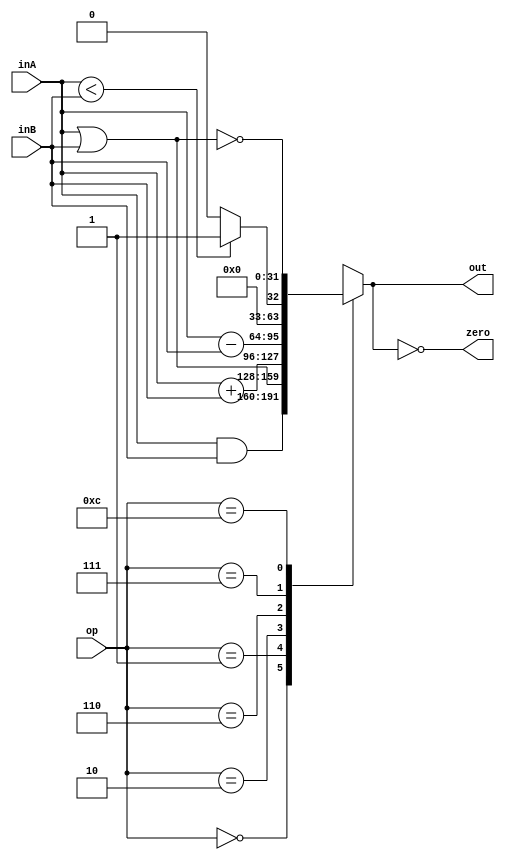

/*Arithmetic and logical unit: It creates a 32 bit signal depending on the op input*/
module ALU(out, zero, inA, inB,op);
	input [31:0] inA, inB;
	input [3:0] op;
	
	output zero;
	output reg [31:0] out;
	
	assign zero = (out == 0);
	
	always @ (*)
	begin
	
	case(op)
		4'b0000: out = inA & inB;
		4'b0001: out = inA | inB;
		4'b0010: out = inA + inB;
		4'b0110: out = inA - inB;
		4'b0111: out = (inA < inB)? 1 : 0;
		4'b1100: out = ~(inA | inB);
		default out = 32'bx;
	
	endcase
	end
endmodule

/*Where the program ,that cpu gonna execute, is stored*/
module InstructionMemory(addr, dout, ren);
	input[31:0] addr;
	input ren ;
	output reg [31:0] dout;
	reg [31:0] data[4095:0];
	
	always @(*)
	begin
	if(ren == 1)
		dout = data[addr[9:0]];
	end
	
endmodule

/*Get access to the registers of the cpu*/
module RegFile (clock, reset, raA, raB, wa, wen, wd, rdA, rdB);

	input clock, reset, wen;
	input [4:0] raA, raB, wa;
	input [31:0] wd;

	output [31:0] rdA, rdB;

	integer i;
	reg[31:0] data [31:0];

	assign rdA = data[raA];
	assign rdB = data[raB];

	always @(negedge clock)
	begin
	if(wen) 
		data[wa] = wd;	
	end

	always @(negedge reset)
	begin 
		for( i = 0 ; i < 32; i = i + 1)
			data[i] = 0;
	end

endmodule

/*Program counter: the pointer that points to the next address of the instruction memory*/
module PC(clock, reset, PC_new, PC_out);
	input clock , reset;
	input [31: 0] PC_new;
	output reg [31:0] PC_out;
	
	always @(negedge clock or negedge reset)
	begin 
		if(reset == 1'b0)
			PC_out  <= 0;
		else
			PC_out <= PC_new;
	end
endmodule

module adder(inA,new_addr);
		input [31:0] inA;
		output [31:0] new_addr;
		assign new_addr  = inA + 4;
		
endmodule

/*Control Unit: It generates signals depending on the inputs(opcode, func)*/
module FSM(func, opcode, MemtoReg, MemWrite, Branch, ALUSrc, RegDst, RegWrite, ALUControl, MemRead, Bne);
	input [5:0] func, opcode;
	output reg MemtoReg, MemWrite, Branch, ALUSrc, RegDst, RegWrite, MemRead, Bne;
	output reg [3:0] ALUControl;
	reg [1:0] ALUOp;
	
	always @ (opcode)
	begin
	
		case(opcode)
			6'b000000: 
			begin
				RegWrite = 1'b1; RegDst = 1'b1; ALUSrc = 1'b0; Branch = 1'b0; MemWrite = 1'b0; MemtoReg = 1'b0; ALUOp = 2'b10; MemRead = 1'b0; Bne = 1'b0;
			end
			
			6'b100011:
			begin
				RegWrite =1'b1; RegDst = 1'b0; ALUSrc = 1'b1; Branch = 1'b0; MemWrite = 1'b0; MemtoReg = 1'b1; ALUOp = 2'b00; MemRead = 1'b1; Bne = 1'b0;
			end
			
			6'b101011:
			begin
				RegWrite = 1'b0; RegDst = 1'bx; ALUSrc = 1'b1; Branch = 1'b0; MemWrite = 1'b1; MemtoReg = 1'bx; ALUOp = 2'b00; MemRead = 1'b0; Bne = 1'b0;
			end
			
			6'b000100:
			begin 
				RegWrite = 1'b0; RegDst = 1'bx; ALUSrc = 1'b0; Branch = 1'b1; MemWrite = 1'b0; MemtoReg = 1'bx; ALUOp = 2'b01; MemRead = 1'b0; Bne = 1'b0;
			end
			
			6'b001000:
			begin	
				RegWrite = 1'b1; RegDst = 1'b0; ALUSrc = 1'b1; Branch = 1'b0; MemWrite = 1'b0; MemtoReg = 1'b0; ALUOp = 2'b00; MemRead = 1'b0; Bne = 1'b0;
			end
			6'b000101:
			begin
				RegWrite = 1'b0; RegDst = 1'b0; ALUSrc = 1'b1; Branch = 1'b1; MemWrite = 1'b0; MemtoReg = 1'b0; ALUOp = 2'b01; MemRead = 1'b0; Bne = 1'b1;
			end
			default $display("ERROR:Wrong Opcode\n");
			
			endcase
		end
	
	always @(ALUOp or func)
	begin
		case(ALUOp)
			2'b00: ALUControl = 4'b0010;
			2'b01: ALUControl = 4'b0110;
			2'b10: case (func)
				6'b100000: ALUControl = 4'b0010;//add
				6'b100010: ALUControl = 4'b0110;//sub
				6'b100100: ALUControl = 4'b0000;//and
				6'b100101: ALUControl = 4'b0001;//or 
				6'b101010: ALUControl = 4'b0111;//slt
				default $display("ERROR:Wrong Func\n");
				endcase
			endcase
	end	
endmodule

/*Ram memory*/
module Memory (clock, reset,ren,wen ,addr, din, dout);
  input         ren, wen, clock, reset;
  input  [31:0] addr, din;
  output [31:0] dout;

  reg [31:0] data[4095:0];
  wire [31:0] dout;

  always @(ren or wen)   // It does not correspond to hardware. Just for error detection
    if (ren & wen)
      $display ("\nMemory ERROR (time %0d): ren and wen both active!\n", $time);

  always @(negedge ren or posedge wen) begin // It does not correspond to hardware. Just for error detection
    if (addr[31:10] != 0)
      $display("Memory WARNING (time %0d): address msbs are not zero\n", $time);
  end  

  assign dout = ((wen==1'b0) && (ren==1'b1)) ? data[addr[9:0]] : 32'bx;  
  
  always @(negedge clock or negedge reset)
   begin
    if ((wen == 1'b1) && (ren==1'b0))
        data[addr[9:0]] = din;
   end

endmodule

module mux5(A, B, sel, out);
	input [4:0] A, B;
	input sel;
	output reg [4:0] out;
	
	always @ (*)
	begin 
		case(sel)
		0: out = A;
		1: out = B;
		endcase
	end
endmodule

module sign_extension(in, exte);
	input [15:0] in;
	output [31:0] exte;
	
	assign exte = $signed(in);
endmodule

module mux32(A, B, sel, out);
	input [31:0] A, B;
	input sel;
	output reg [31:0] out;
	
	always @ (*)
	begin 
		case(sel)
		0: out = A;
		1: out = B;
		endcase
	end
endmodule

/*It helps the execution of branchtype assembly orders*/
module PCBranch(inA, inB, out);
input [31:0] inA, inB;
output reg [31:0] out;
reg [31:0] sup;

	always @ (inA or inB)
	begin		
		out = (inA << 2) + inB;
	end
endmodule